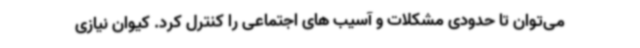
می‌توان تا حدودی مشکلات و آسیب های اجتماعی را کنترل کرد. کیوان نیازی